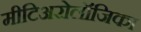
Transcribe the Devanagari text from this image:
मीटिअरोलॉजिका